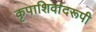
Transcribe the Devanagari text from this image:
कृपाशिर्वादरूपी